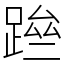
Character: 䠁